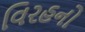
વિરહનો